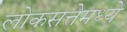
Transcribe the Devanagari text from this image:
लोकसत्तेमध्ये